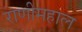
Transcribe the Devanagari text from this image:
राणीमहाल